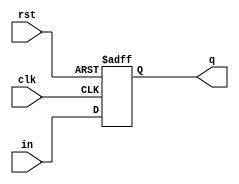
module pipo(in,clk,rst,q);
  input clk,rst;
  input [3:0] in;
  output reg [3:0]q;
  
  always @(posedge clk,posedge rst)
    begin
      if(rst)
        q<=0;
      else 
        q<=in;
    end
endmodule